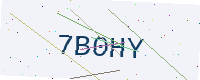
Text: 7B0HY